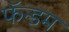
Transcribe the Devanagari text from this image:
फॅन्डम